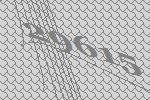
29615